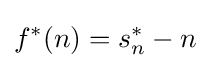
f^{*}(n)=s_{n}^{*}-n